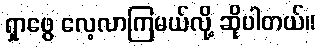
ရှာဖွေ လေ့လာကြမယ်လို့ ဆိုပါတယ်။